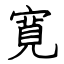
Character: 寛